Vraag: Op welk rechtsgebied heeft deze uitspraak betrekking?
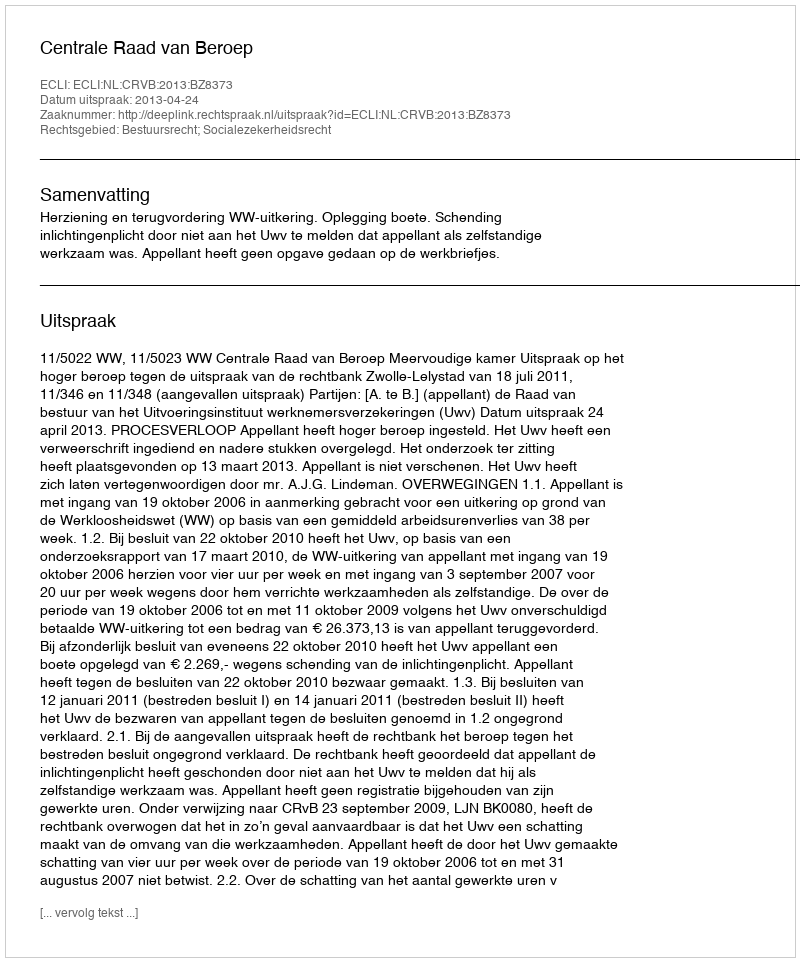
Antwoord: Bestuursrecht; Socialezekerheidsrecht